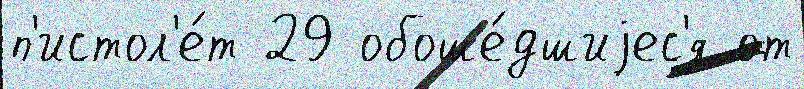
п'истол'е́т 29 обоше́дшиjес'я от